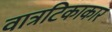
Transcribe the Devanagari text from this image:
वात्रटिकाकार